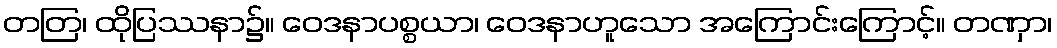
တတြ၊ ထိုပြဿနာ၌။ ဝေဒနာပစ္စယာ၊ ဝေဒနာဟူသော အကြောင်းကြောင့်။ တဏှာ၊